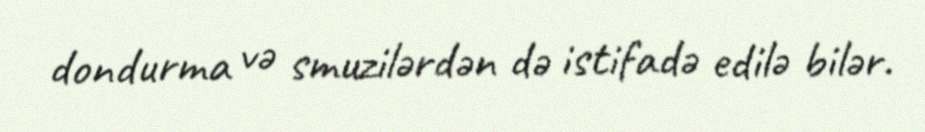
dondurma və smuzilərdən də istifadə edilə bilər.